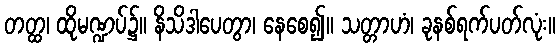
တတ္ထ၊ ထိုမဏ္ဍပ်၌။ နိသိဒါပေတွာ၊ နေစေ၍။ သတ္တာဟံ၊ ခုနစ်ရက်ပတ်လုံး။